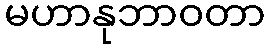
မဟာနုဘာဝတာ